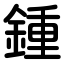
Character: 鍾